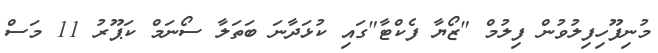
މުނިފޫހިފިލުވުން ފިލުމް "ޒޯޔާ ފެކްޓާ"ގައި ކުޅަދާނަ ބަތަލާ ސޯނަމް ކަޕޫރު 11 މަސް